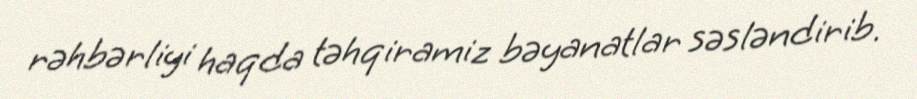
rəhbərliyi haqda təhqiramiz bəyanatlar səsləndirib.